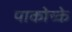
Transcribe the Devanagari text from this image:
पाकोच्के